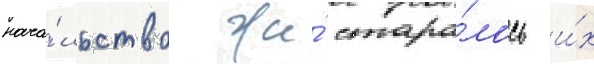
нача́льство же́ стара́лось и́х